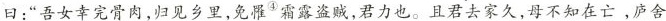
曰：”吾女幸完骨肉，归见乡里，免罹^{④}霜露盗贼，君力也。且君去家久，母不知在亡，庐舍